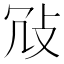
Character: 𢼀